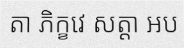
តា ភិក្ខវេ សត្តា អប